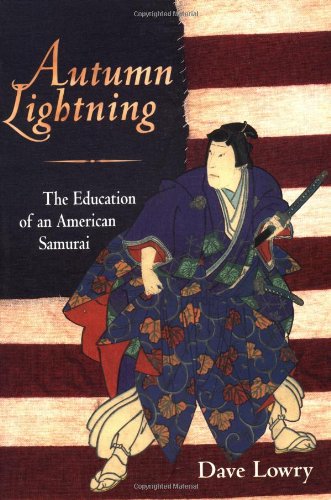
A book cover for Autumn Lightning: The Education of an American Samurai; Dave Lowry; Sports & Outdoors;